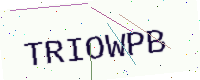
Text: TRIOWPB